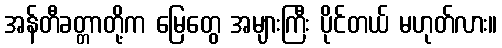
အန်တီခတ္တာတို့က မြေတွေ အများကြီး ပိုင်တယ် မဟုတ်လား။